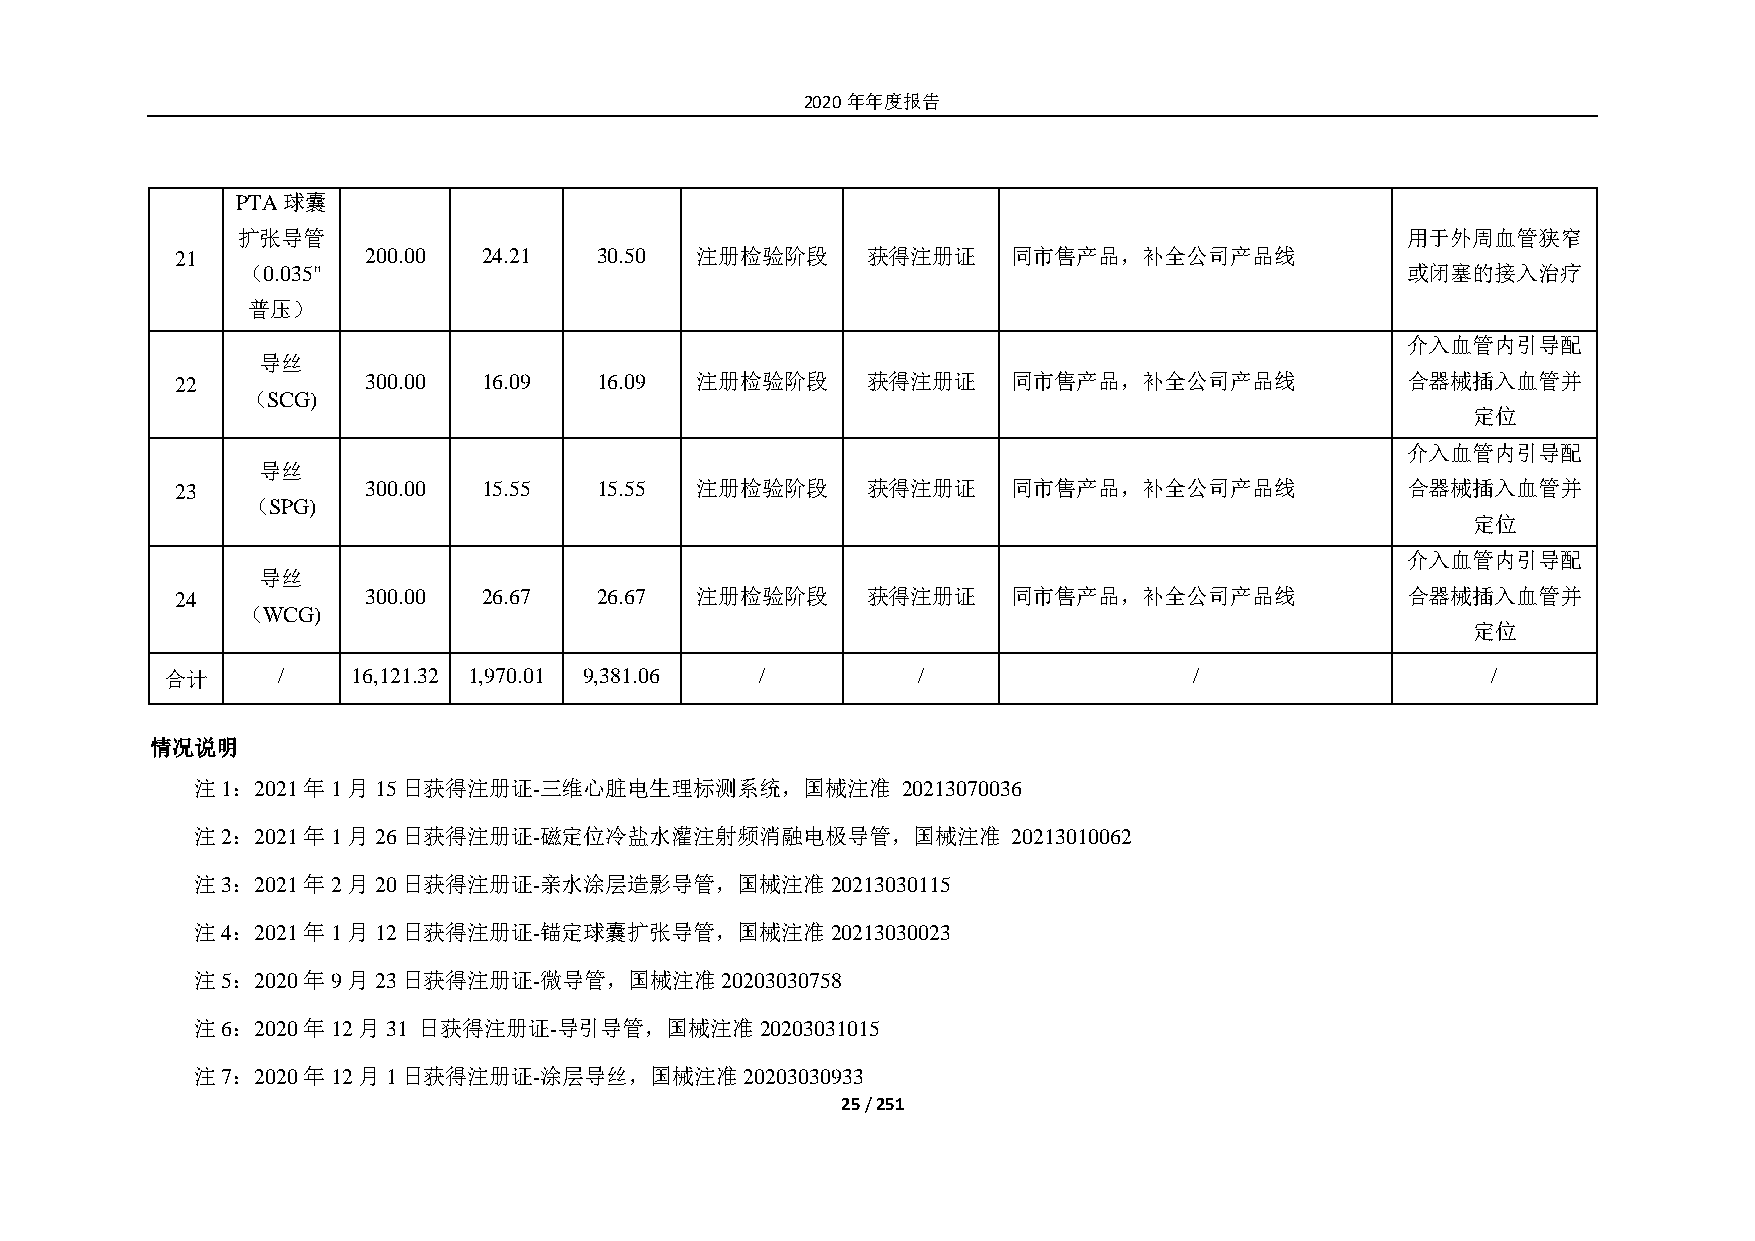
2020年年度报告
 PTA球囊
 扩张导管                                                                         用于外周血管狭窄
 21          200.00  24.21  30.50  注册检验阶段     获得注册证     同市售产品，补全公司产品线
 （0.035"                                                                      或闭塞的接入治疗
 普压）
 介入血管内引导配
 导丝
 22          300.00  16.09  16.09  注册检验阶段     获得注册证     同市售产品，补全公司产品线             合器械插入血管并
 （SCG)
 定位
 介入血管内引导配
 导丝
 23          300.00  15.55  15.55  注册检验阶段     获得注册证     同市售产品，补全公司产品线             合器械插入血管并
 （SPG)
 定位
 介入血管内引导配
 导丝
 24          300.00  26.67  26.67  注册检验阶段     获得注册证     同市售产品，补全公司产品线             合器械插入血管并
 （WCG)
 定位
 合计     /    16,121.32 1,970.01 9,381.06 /         /                 /                   /
 情况说明
 注1：2021年1月15日获得注册证-三维心脏电生理标测系统，国械注准            20213070036
 注2：2021年1月26日获得注册证-磁定位冷盐水灌注射频消融电极导管，国械注准              20213010062
 注3：2021年2月20日获得注册证-亲水涂层造影导管，国械注准20213030115
 注4：2021年1月12日获得注册证-锚定球囊扩张导管，国械注准20213030023
 注5：2020年9月23日获得注册证-微导管，国械注准20203030758
 注6：2020年12月31  日获得注册证-导引导管，国械注准20203031015
 注7：2020年12月1日获得注册证-涂层导丝，国械注准20203030933
 25 / 251